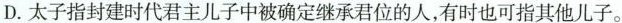
D. 太子指封建时代君主儿子中被确定继承君位的人，有时也可指其他儿子。